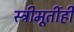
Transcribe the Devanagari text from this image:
स्त्रीमूर्तीही